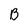
Character: B